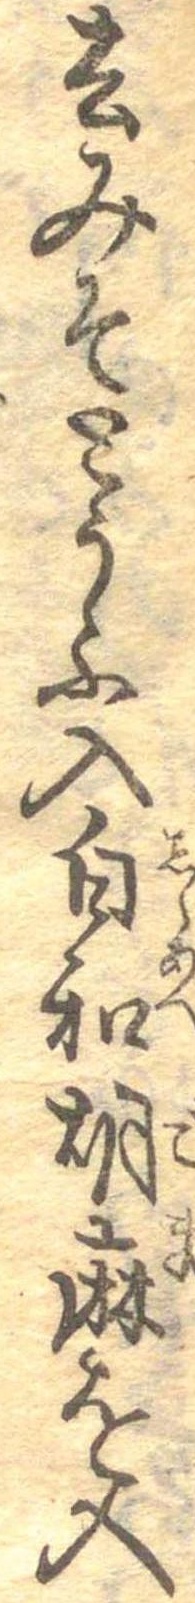
去みそとうふ入白和胡麻を入